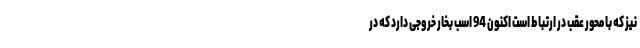
نیز که با محور عقب در ارتباط است اکنون 94 اسب بخار خروجی دارد که در